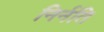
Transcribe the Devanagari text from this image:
निर्नति